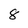
Character: 8